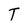
Character: T